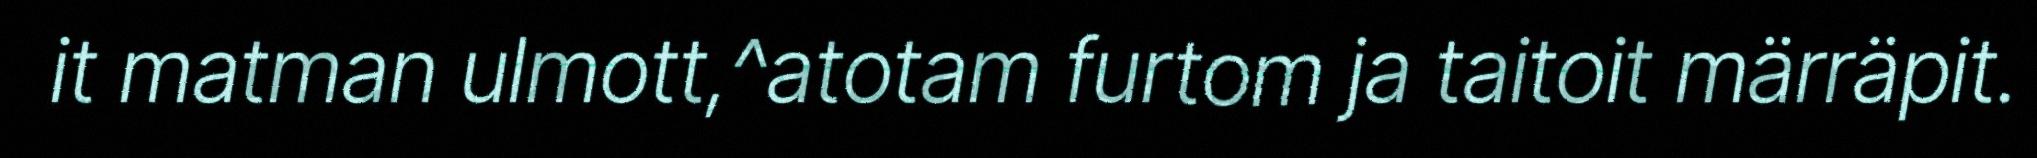
it matman ulmott,^atotam furtom ja taitoit märräpit.